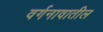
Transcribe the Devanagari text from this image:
वर्गनावातील